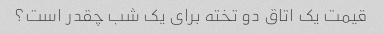
قیمت یک اتاق دو تخته برای یک شب چقدر است؟